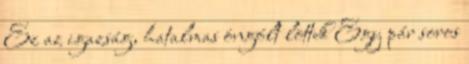
Ez az igazság, hatalmas öngólt löttek Egy pár soros